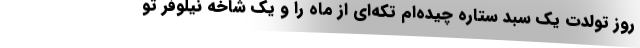
روز تولدت یک سبد ستاره چیده‌ام تکه‌ای از ماه را و یک شاخه نیلوفر تو